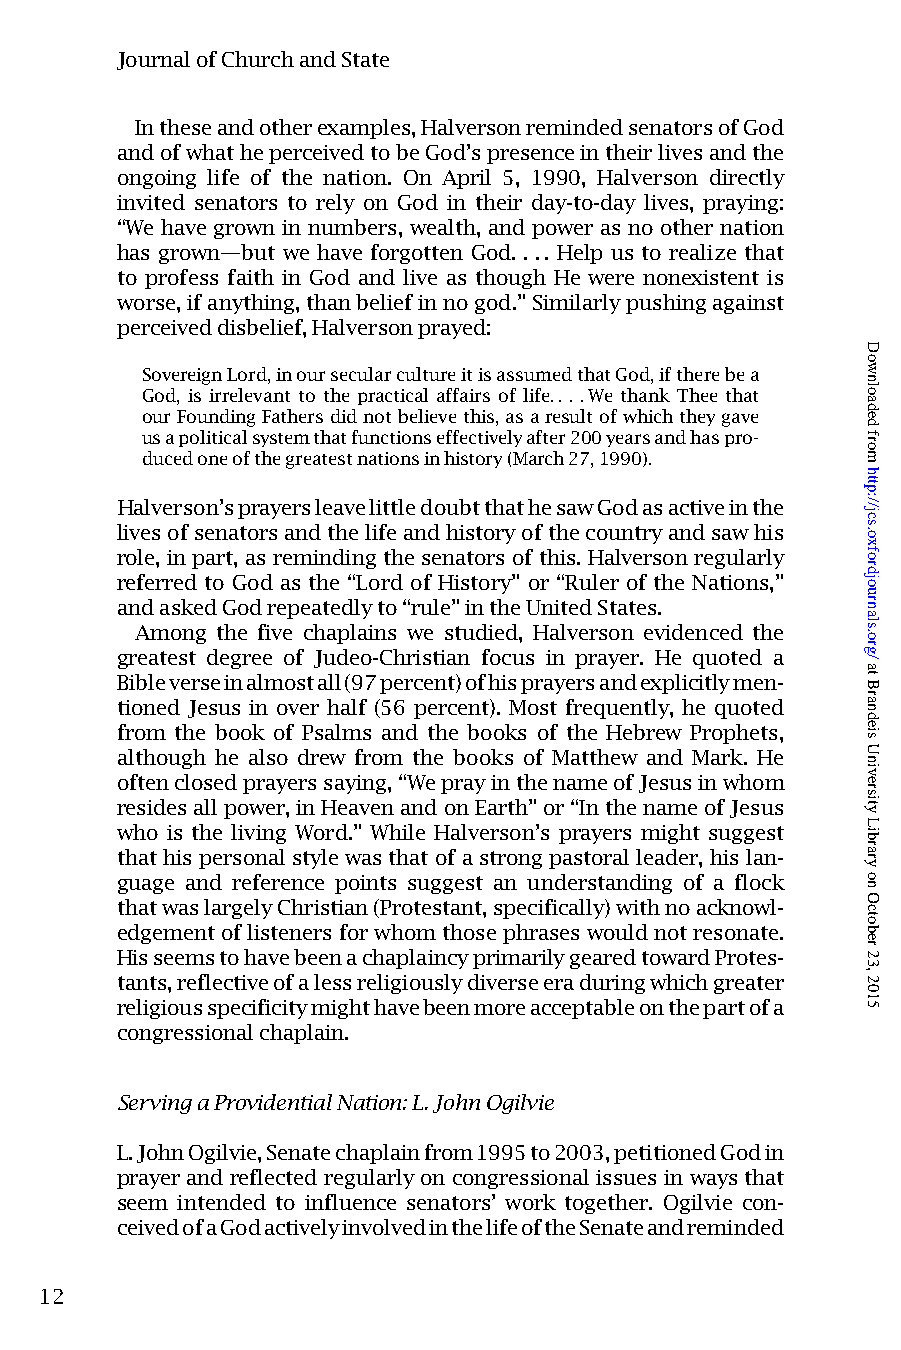
JournalofChurchandState
 Intheseandotherexamples,HalversonremindedsenatorsofGod
 andofwhatheperceivedtobeGod’spresenceintheirlivesandthe
 ongoing life of the nation. On April 5, 1990, Halverson directly
 invited senators to rely on God in their day-to-day lives, praying:
 “We have grown in numbers, wealth, and power as no other nation
 has grown—but we have forgotten God. . .. Help us to realize that
 to profess faith in God and live as though He were nonexistent is
 worse,ifanything,thanbeliefinnogod.”Similarlypushingagainst
 perceiveddisbelief,Halversonprayed:
 SovereignLord,inoursecularcultureitisassumedthatGod,iftherebea
 God, is irrelevant to the practical affairs of life.. . .We thank Thee that
 ourFoundingFathersdidnotbelievethis,asaresultofwhichtheygave
 usapoliticalsystemthatfunctionseffectivelyafter200yearsandhaspro-
 ducedoneofthegreatestnationsinhistory(March27,1990).
 Halverson’sprayersleavelittledoubtthathesawGodasactiveinthe
 livesofsenatorsandthelifeandhistoryofthecountryandsawhis
 role,inpart,asremindingthesenatorsofthis.Halversonregularly
 referred to God as the “Lord of History” or “Ruler of the Nations,”
 andaskedGodrepeatedlyto“rule”intheUnitedStates.
 Among the five chaplains we studied, Halverson evidenced the
 greatest degree of Judeo-Christian focus in prayer. He quoted a
 Bibleverseinalmostall(97percent)ofhisprayersandexplicitlymen-
 tioned Jesus in over half (56 percent). Most frequently, he quoted
 from the book of Psalms and the books of the Hebrew Prophets,
 although he also drew from the books of Matthew and Mark. He
 oftenclosedprayerssaying,“WeprayinthenameofJesusinwhom
 residesallpower,inHeavenandonEarth”or“InthenameofJesus
 who is the living Word.” While Halverson’s prayers might suggest
 that hispersonal stylewasthat ofastrongpastoral leader, his lan-
 guage and reference points suggest an understanding of a flock
 thatwaslargelyChristian(Protestant,specifically)withnoacknowl-
 edgementoflistenersforwhomthosephraseswouldnotresonate.
 HisseemstohavebeenachaplaincyprimarilygearedtowardProtes-
 tants,reflectiveofalessreligiouslydiverseeraduringwhichgreater
 religiousspecificitymighthavebeenmoreacceptableonthepartofa
 congressionalchaplain.
 ServingaProvidentialNation:L.JohnOgilvie
 L.JohnOgilvie,Senatechaplainfrom1995to2003,petitionedGodin
 prayerand reflected regularlyon congressional issues in waysthat
 seem intended to influence senators’ work together. Ogilvie con-
 ceivedofaGodactivelyinvolvedinthelifeoftheSenateandreminded
 12
 Downloaded
 from
 http://jcs.oxfordjournals.org/
 at
 Brandeis
 University
 Library
 on
 October
 23,
 2015